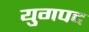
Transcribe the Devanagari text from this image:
युगपद